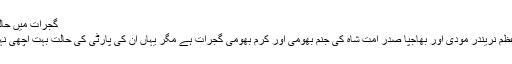
گجرات میں حالت پتلی
وزیراعظم نریندر مودی اور بھاجپا صدر امت شاہ کی جنم بھومی اور کرم بھومی گجرات ہے مگر یہاں ان کی پارٹی کی حالت بہت اچھی نہیں ہے۔